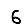
Digit: 6